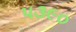
પ૩૯૦